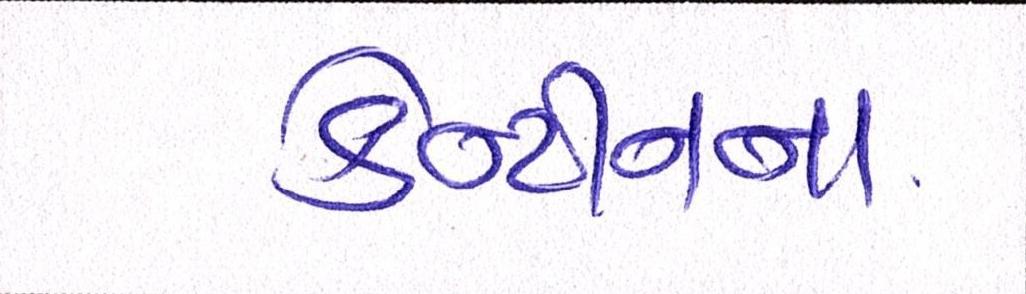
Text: કેન્ટીનના